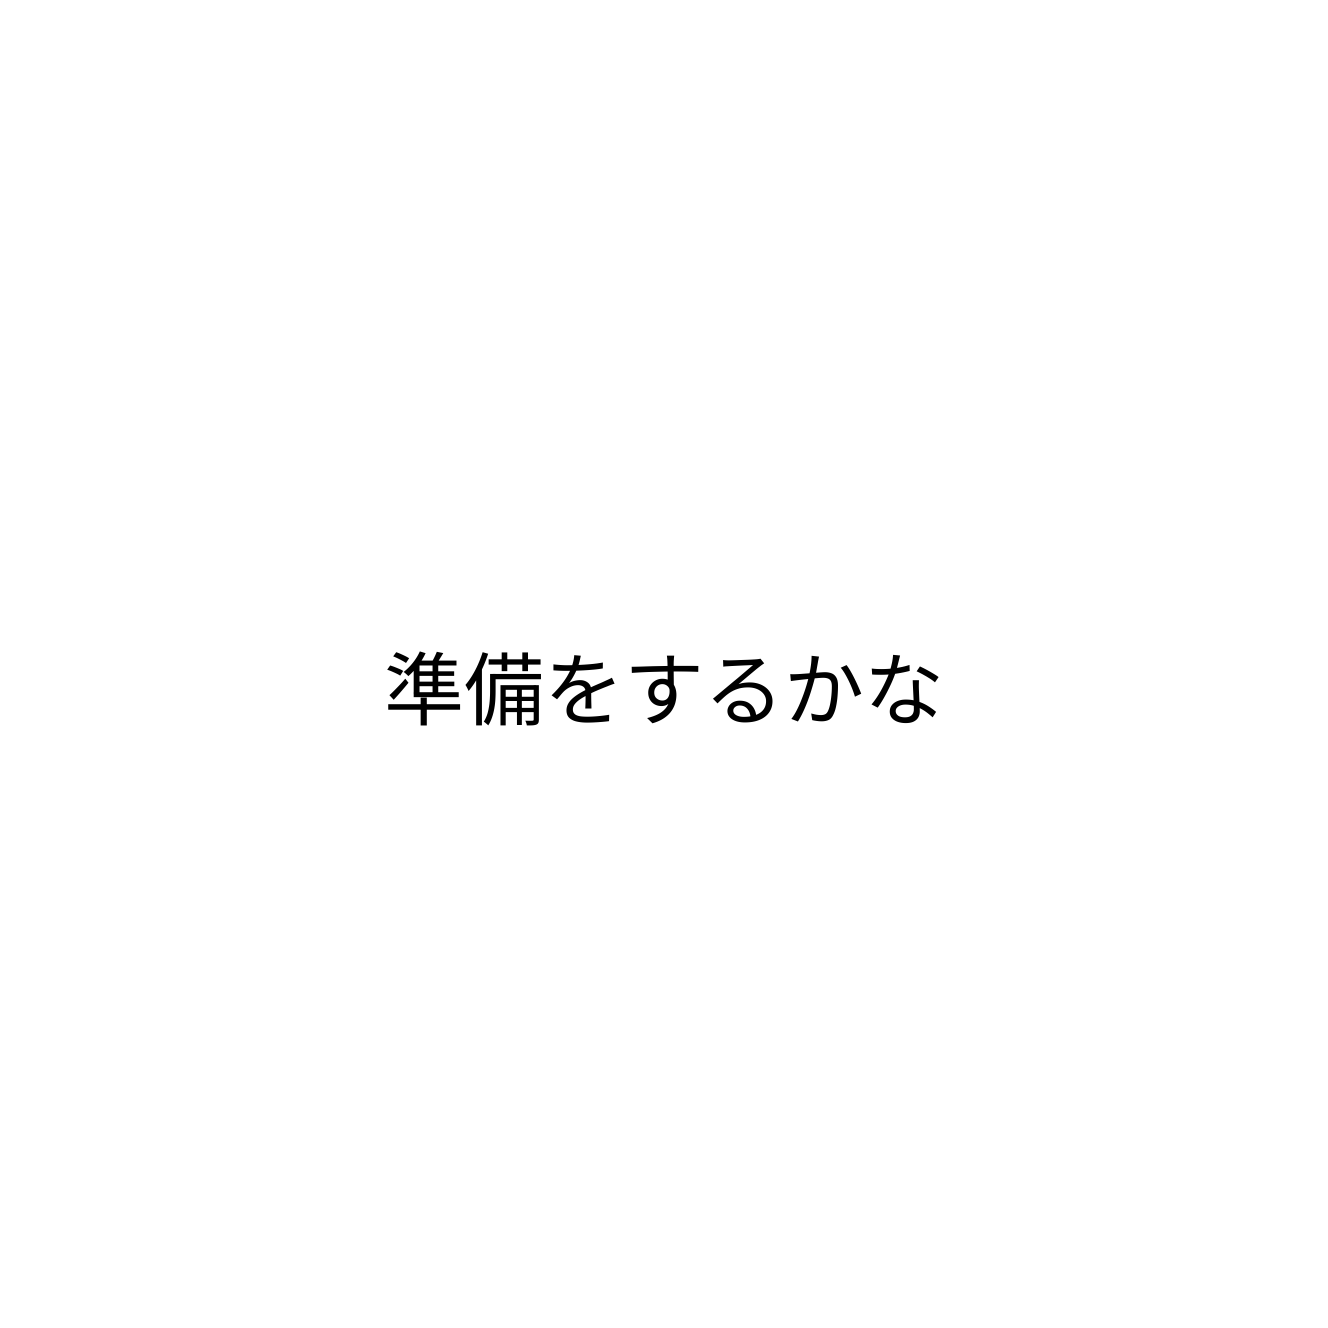
準備をするかな